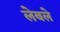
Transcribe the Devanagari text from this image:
लेबले